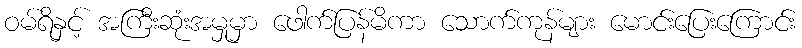
ဝမ်ရိနှင့် အကြီးဆုံးအမှုမှာ ဖေါက်ပြန်မိကာ သောက်ကုန်များ မောင်းပြေးကြောင်း